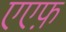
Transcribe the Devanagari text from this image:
एएफ़